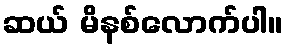
ဆယ် မိနစ်လောက်ပါ။